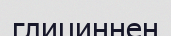
глициннен